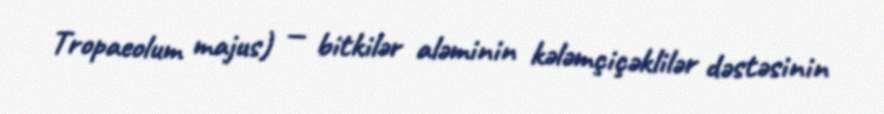
Tropaeolum majus) — bitkilər aləminin kələmçiçəklilər dəstəsinin